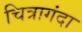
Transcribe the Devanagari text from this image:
चित्रागंदा